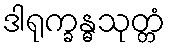
ဒါရုက္ခန္ဓသုတ္တံ